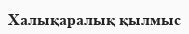
Халықаралық қылмыс